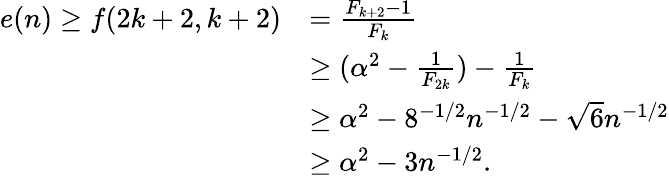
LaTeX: \begin{array}{rl}{e(n)\geq f(2k+2,k+2)}&{={\frac{F_{k+2}-1}{F_{k}}}}\\ &{\geq(\alpha^{2}-{\frac{1}{F_{2k}}})-{\frac{1}{F_{k}}}}\\ &{\geq\alpha^{2}-8^{-1/2}n^{-1/2}-\sqrt{6}n^{-1/2}}\\ &{\geq\alpha^{2}-3n^{-1/2}.}\end{array}